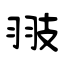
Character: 翄